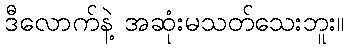
ဒီလောက်နဲ့ အဆုံးမသတ်သေးဘူး။